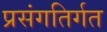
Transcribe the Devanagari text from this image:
प्रसंगतिर्गत